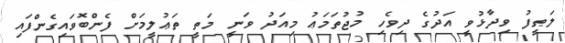
ލަޠީފު ވިދާޅުވީ އަދުގެ ދިވެހި މުޖުތަމަޢު މިއަދު ވަނީ މަތީ ތަޢުލީމަށް ފެންބޮވައިގެންފައި